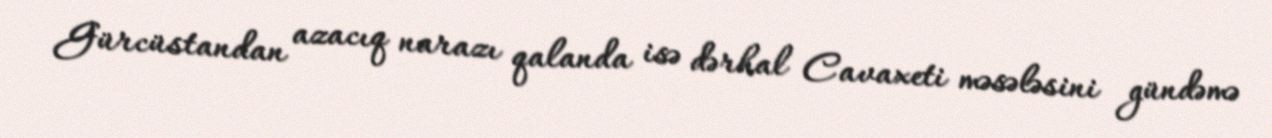
Gürcüstandan azacıq narazı qalanda isə dərhal Cavaxeti məsələsini gündəmə